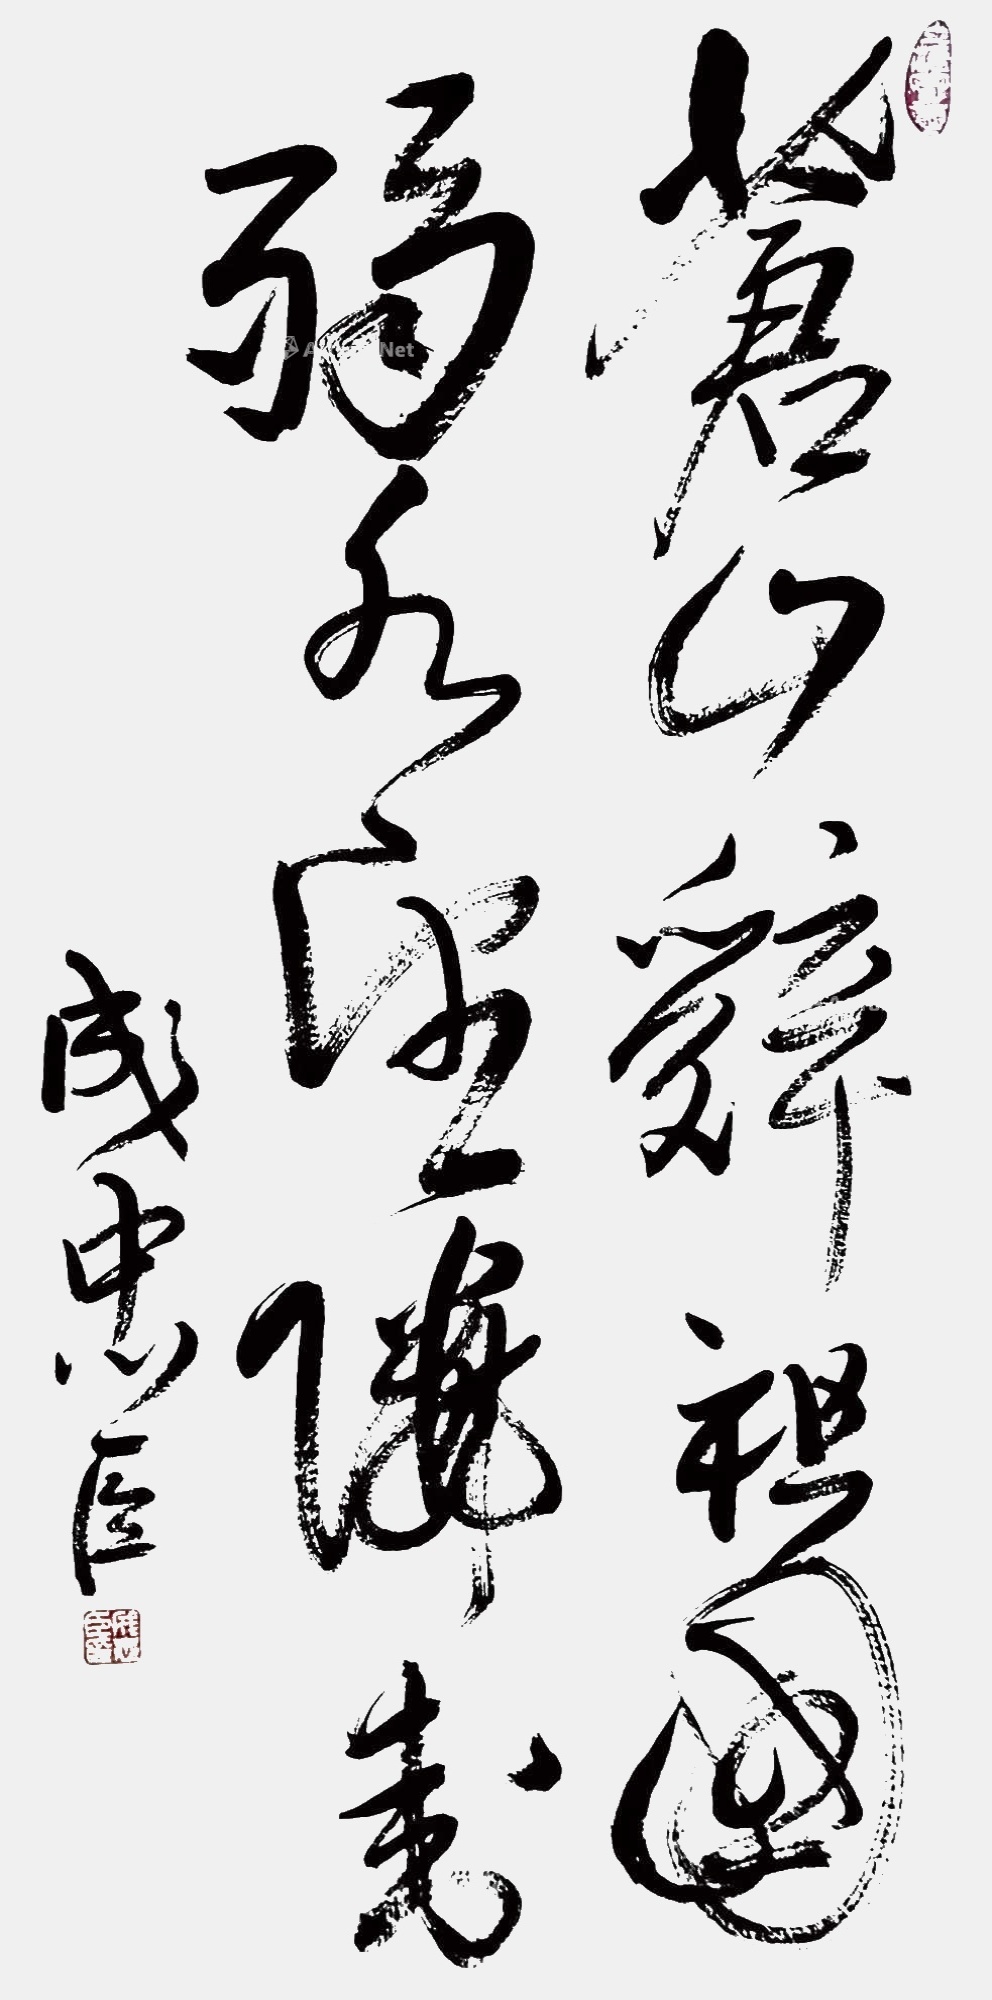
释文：苍山辞祖国，弱水望邻封。成忠臣